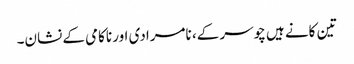
تین کانے ہیں چوسر کے، نامرادی اور ناکامی کے نشان۔